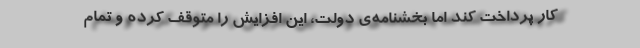
کار پرداخت کند اما بخشنامه‌ی دولت، این افزایش را متوقف کرده و تمام